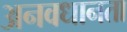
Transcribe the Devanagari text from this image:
अनवधानता